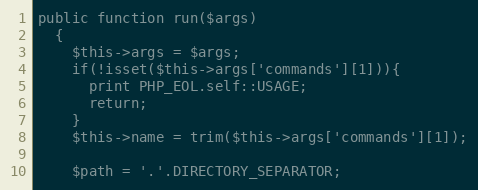
Language: PHP
public function run($args)
  {
    $this->args = $args;
    if(!isset($this->args['commands'][1])){
      print PHP_EOL.self::USAGE;
      return;
    }
    $this->name = trim($this->args['commands'][1]);

    $path = '.'.DIRECTORY_SEPARATOR;